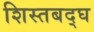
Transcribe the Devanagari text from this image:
शिस्तबद्घ